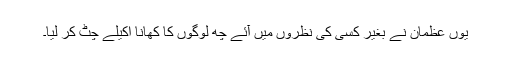
یوں عظمان نے بغیر کسی کی نظروں میں آئے چھ لوگوں کا کھانا اکیلے چٹ کر لیا۔